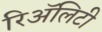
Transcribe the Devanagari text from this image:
रिअॅलिटी